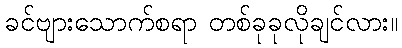
ခင်ဗျားသောက်စရာ တစ်ခုခုလိုချင်လား။